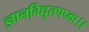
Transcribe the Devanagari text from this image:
ज्ञानविधूतपप्मा।।